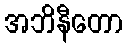
အဘိနီတော